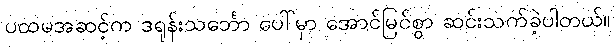
ပထမအဆင့်က ဒရုန်းသင်္ဘော ပေါ်မှာ အောင်မြင်စွာ ဆင်းသက်ခဲ့ပါတယ်။